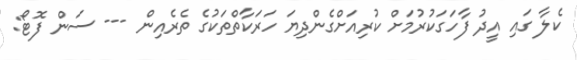
ކެލާ ގައި އީދު ފާހަގަކުރުމަށް ކުރިއަށްގެންދިޔަ ހަރަކާތްތަކުގެ ތެރެއިން --- ސަން ފޮޓޯ: